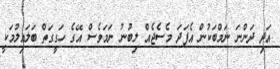
އަދި ދަންނަ ނަމްބަކުން އެފަދަ މެސެޖެއް ލިބުނު ނަމަވެސް އޭގެ ހަގީގަތް ބަލައިލުމަކީ